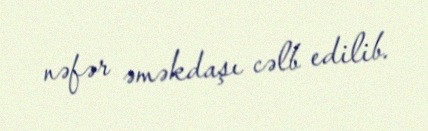
nəfər əməkdaşı cəlb edilib.